Civil Veterinary Dept. Bombay admin report 1923-31 - 1923-1931
Year: 1923
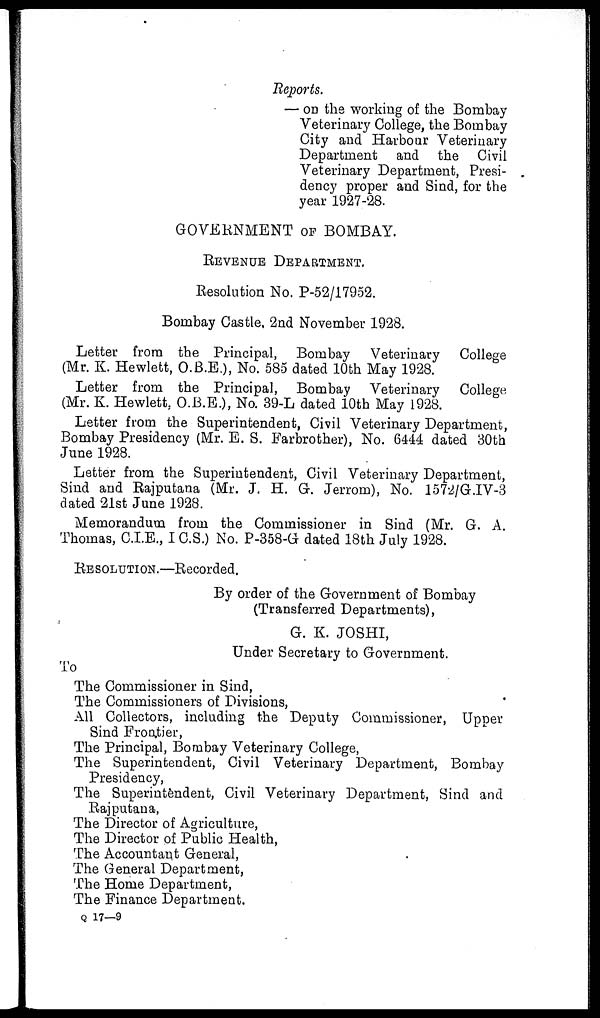
Reports.
— on the working of the Bombay
Veterinary College, the Bombay
City and Harbour Veterinary
Department and the Civil
Veterinary Department, Presi-
dency proper and Sind, for the
year 1927-28.
GOVERNMENT OF BOMBAY.
REVENUE DEPARTMENT.
Resolution No. P-52/17952.
Bombay Castle, 2nd November 1928.
Letter from the Principal, Bombay Veterinary College
(Mr. K. Hewlett, O.B.E.), No. 585 dated 10th May 1928.
Letter from the Principal, Bombay Veterinary College
(Mr. K. Hewlett, O.B.E.), No. 39-L dated 10th May 1928.
Letter from the Superintendent, Civil Veterinary Department,
Bombay Presidency (Mr. E. S. Farbrother), No. 6444 dated 30th
June 1928.
Letter from the Superintendent, Civil Veterinary Department,
Sind and Rajputana (Mr. J. H. G. Jerrom), No. 1572/G.IV-3
dated 21st June 1928.
Memorandum from the Commissioner in Sind (Mr. G. A.
Thomas, C.I.E., I C.S.) No. P-358-G dated 18th July 1928.
RESOLUTION.—Recorded.
By order of the Government of Bombay
(Transferred Departments),
G. K. JOSHI,
Under Secretary to Government.
To
The Commissioner in Sind,
The Commissioners of Divisions,
All Collectors, including the Deputy Commissioner, Upper
Sind Frontier,
The Principal, Bombay Veterinary College,
The Superintendent, Civil Veterinary Department, Bombay
Presidency,
The Superintendent, Civil Veterinary Department, Sind and
Rajputana,
The Director of Agriculture,
The Director of Public Health,
The Accountant General,
The General Department,
The Home Department,
The Finance Department.
Q 17—9